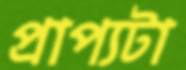
প্রাপ্যটা